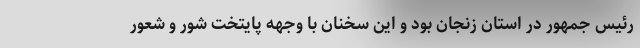
رئیس جمهور در استان زنجان بود و این سخنان با وجهه پایتخت شور و شعور